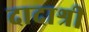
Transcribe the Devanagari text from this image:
दादाश्री